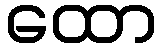
ထော